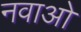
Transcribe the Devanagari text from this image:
नवाओ